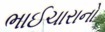
ભાઈચારાનો